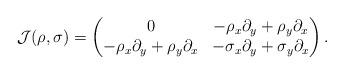
LaTeX: \begin{align*} \mathcal{J}(\rho,\sigma) = \begin{pmatrix} 0 & -\rho_x\partial_y+\rho_y\partial_x\\-\rho_x\partial_y+\rho_y\partial_x & -\sigma_x\partial_y+\sigma_y\partial_x \end{pmatrix}.\end{align*}